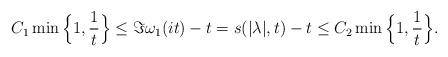
LaTeX: \begin{align*} C_1 \min\Big\{1,\frac{1}{t} \Big\}\leq \Im\omega_1(it)-t=s(|\lambda|,t)-t\leq C_2 \min\Big\{1,\frac{1}{t} \Big\}.\end{align*}